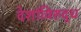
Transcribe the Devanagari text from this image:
देशांविरुद्ध